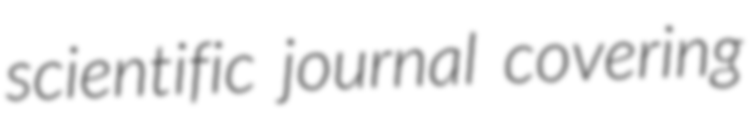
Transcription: scientific journal covering